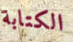
الكتابة